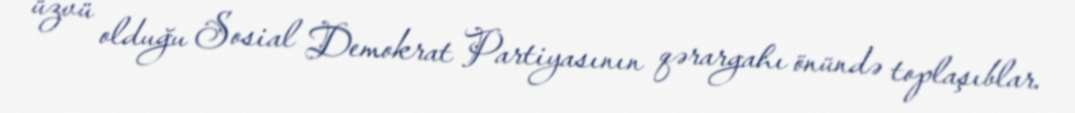
üzvü olduğu Sosial Demokrat Partiyasının qərargahı önündə toplaşıblar.